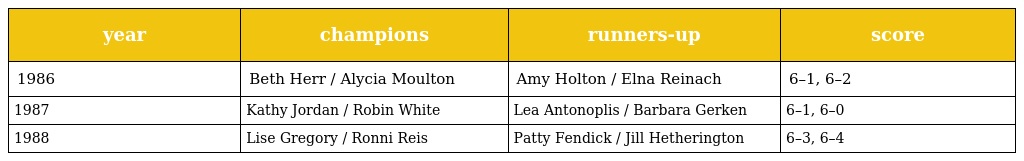
| year | champions | runners-up | score |
 | --- | --- | --- | --- |
 | 1986 | Beth Herr / Alycia Moulton | Amy Holton / Elna Reinach | 6–1, 6–2 |
 | 1987 | Kathy Jordan / Robin White | Lea Antonoplis / Barbara Gerken | 6–1, 6–0 |
 | 1988 | Lise Gregory / Ronni Reis | Patty Fendick / Jill Hetherington | 6–3, 6–4 |